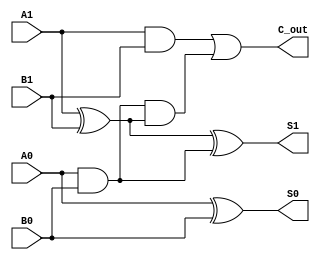
module cascaded_half_adder (
    input wire A1, A0,  // Higher order bits
    input wire B1, B0,  // Lower order bits
    output wire S1, S0, // Sum outputs
    output wire C_out    // Carry output
);

    // Intermediate signals for carry
    wire C1; // Carry from the first half-adder

    // First Half-Adder (HA1)
    assign S0 = A0 ^ B0; // Sum output for HA1
    assign C1 = A0 & B0; // Carry output for HA1

    // Second Half-Adder (HA2)
    assign S1 = A1 ^ B1 ^ C1; // Sum output for HA2
    assign C_out = (A1 & B1) | (C1 & (A1 ^ B1)); // Carry output for HA2

endmodule